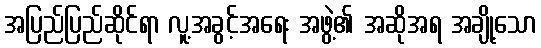
အပြည်ပြည်ဆိုင်ရာ လူ့အခွင့်အရေး အဖွဲ့၏ အဆိုအရ အချို့သော